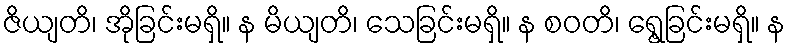
ဇိယျတိ၊ အိုခြင်းမရှိ။ န မိယျတိ၊ သေခြင်းမရှိ။ န စဝတိ၊ ရွေ့ခြင်းမရှိ။ န